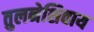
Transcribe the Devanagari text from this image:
तुलनेशिवाय